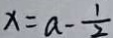
x = a - \frac { 1 } { 2 }